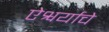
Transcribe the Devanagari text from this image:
ऐश्वर्याचे